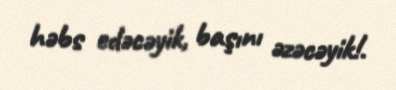
həbs edəcəyik, başını əzəcəyik!.